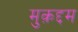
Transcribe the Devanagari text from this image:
मुक़द्दम